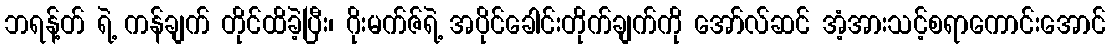
ဘရန့်တ် ရဲ့ ကန်ချက် တိုင်ထိခဲ့ပြီး၊ ဂိုးမက်ဇ်ရဲ့ အပိုင်ခေါင်းတိုက်ချက်ကို အော်လ်ဆင် အံ့အားသင့်စရာကောင်းအောင်